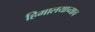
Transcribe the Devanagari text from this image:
हिमालयाच्याच